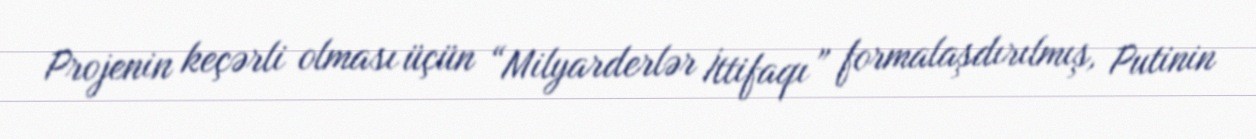
Projenin keçərli olması üçün “Milyarderlər İttifaqı” formalaşdırılmış, Putinin